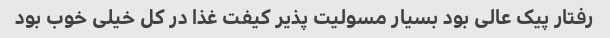
رفتار پیک عالی بود بسیار مسولیت پذیر کیفت غذا در کل خیلی خوب بود